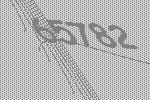
65782